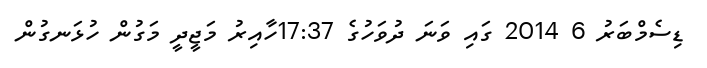
ޑިސެމްބަރު 6 2014 ގައި ވަނަ ދުވަހުގެ 17:37ހާއިރު މަޖީދީ މަގުން ހުޅަނގުން